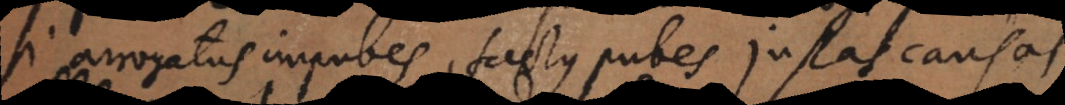
si arrogatus impubes, factus pubes justas causas